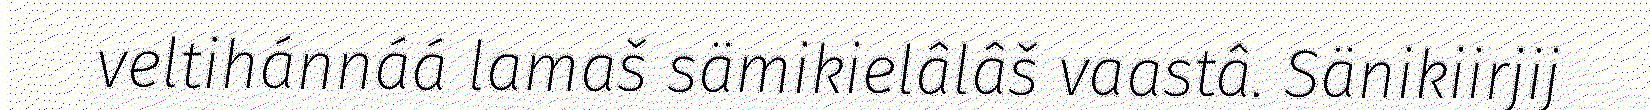
veltihánnáá lamaš sämikielâlâš vaastâ. Sänikiirjij